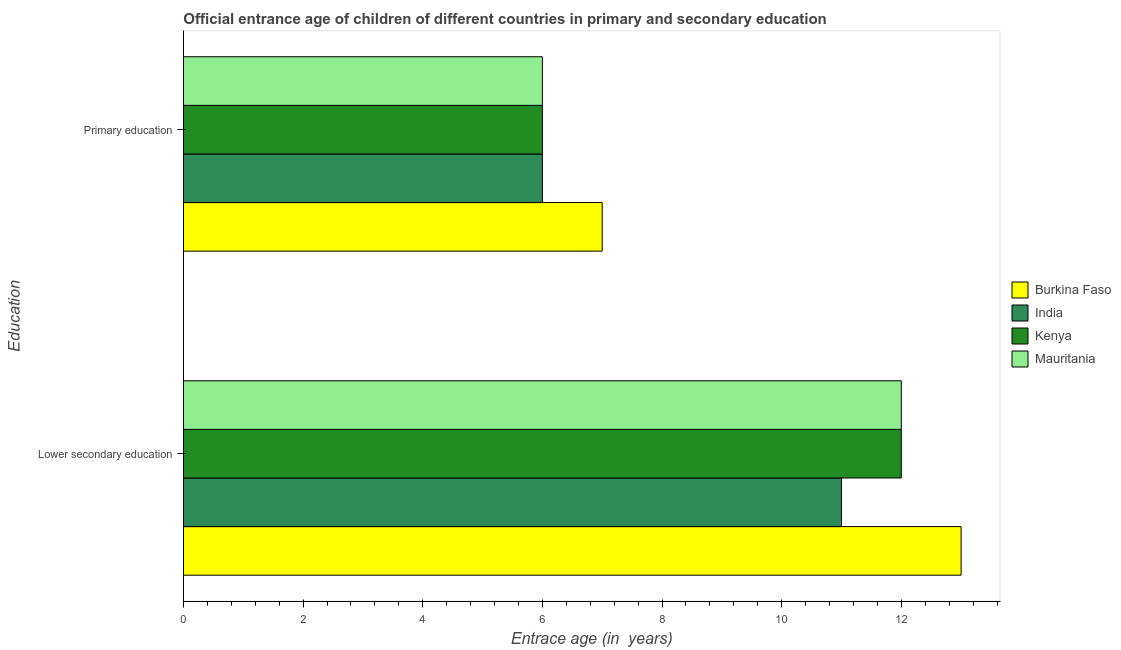
| Education | Burkina Faso | India | Kenya | Mauritania |
 | --- | --- | --- | --- | --- |
 | Lower secondary education | 13 | 11 | 12 | 12 |
 | Primary education | 7 | 6 | 6 | 6 |